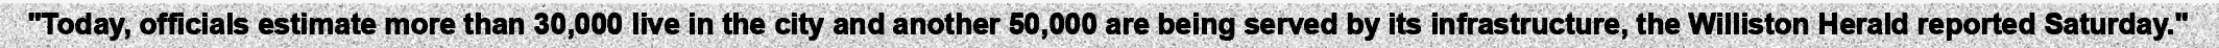
"Today, officials estimate more than 30,000 live in the city and another 50,000 are being served by its infrastructure, the Williston Herald reported Saturday."